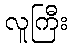
လူကြီး